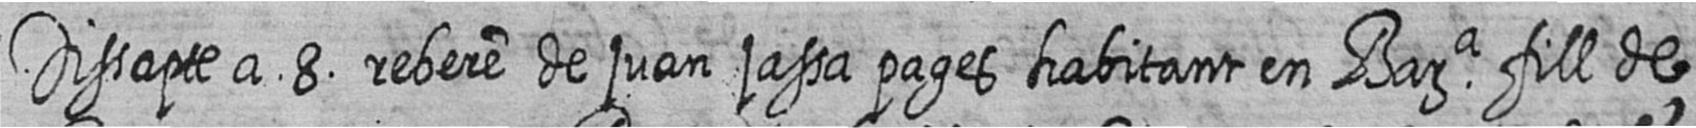
Dissapte a 8 rebere de juan jassa pages habitant en Bara fill de